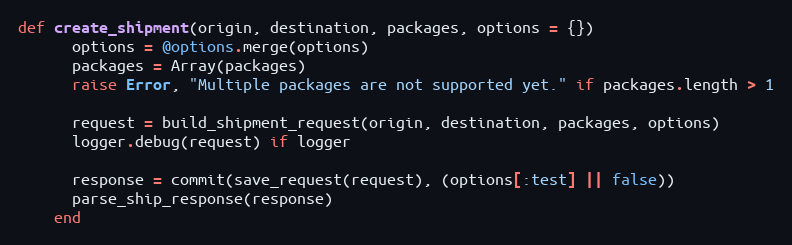
Language: Ruby
def create_shipment(origin, destination, packages, options = {})
      options = @options.merge(options)
      packages = Array(packages)
      raise Error, "Multiple packages are not supported yet." if packages.length > 1

      request = build_shipment_request(origin, destination, packages, options)
      logger.debug(request) if logger

      response = commit(save_request(request), (options[:test] || false))
      parse_ship_response(response)
    end